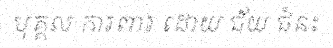
បុគ្គល ការពារ ដោយ ជ័យ ជំនះ